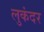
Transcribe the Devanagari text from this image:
लुकंदर